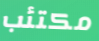
مكتئب